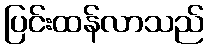
ပြင်းထန်လာသည်